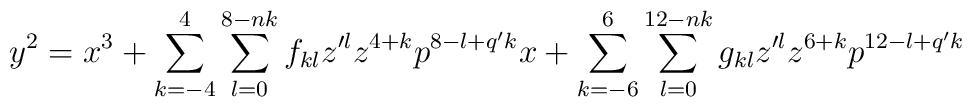
y^2=x^3+\sum_{k=-4}^{4}\sum_{l=0}^{8-nk}f_{kl}z^{\prime l}z^{4+k}p^{8-l+q^{\prime}k}x+\sum_{k=-6}^{6}\sum_{l=0}^{12-nk}g_{kl}z^{\prime l}z^{6+k} p^{12-l+q^{\prime}k}